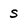
Character: S